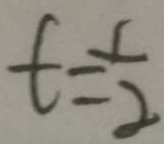
t = \frac { 1 } { 2 }